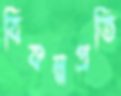
বিকল্পপ্রতি